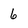
Character: 6